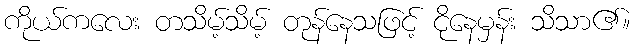
ကိုယ်ကလေး တသိမ့်သိမ့် တုန်နေသဖြင့် ငိုနေမှန်း သိသာ၏။